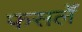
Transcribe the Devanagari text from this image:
फसलेँ